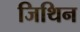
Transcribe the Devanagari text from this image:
जिथिन